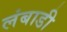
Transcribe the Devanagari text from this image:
लंबाडी